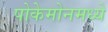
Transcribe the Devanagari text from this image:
पोकेमोनमध्ये